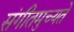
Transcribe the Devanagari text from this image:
संगीतमुच्यते